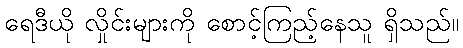
ရေဒီယို လှိုင်းများကို စောင့်ကြည့်နေသူ ရှိသည်။